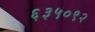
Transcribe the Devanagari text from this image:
६३५०९२